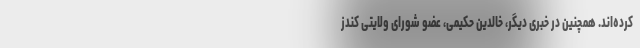
کرده‌اند. همچنین در خبری دیگر، خالدین حکیمی، عضو شورای ولایتی کندز